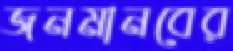
জনমানবের